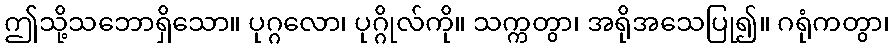
ဤသို့သဘောရှိသော။ ပုဂ္ဂလော၊ ပုဂ္ဂိုလ်ကို။ သက္ကတွာ၊ အရိုအသေပြု၍။ ဂရုံကတွာ၊